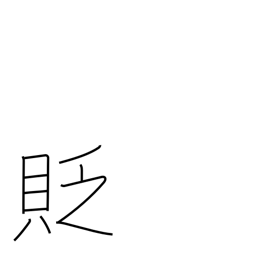
Meaning: belittle